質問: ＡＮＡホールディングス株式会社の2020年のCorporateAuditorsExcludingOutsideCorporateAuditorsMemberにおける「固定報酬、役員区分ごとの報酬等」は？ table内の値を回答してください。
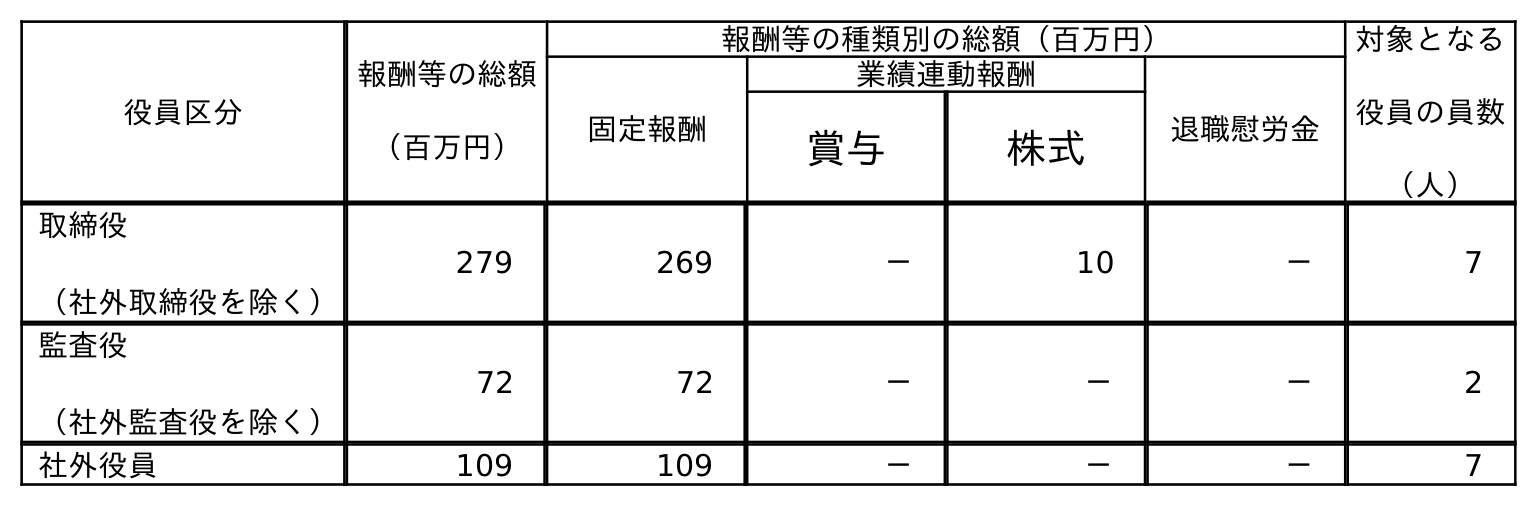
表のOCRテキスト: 役員区分 報酬等の総額 （百万円） 報酬等の種類別の総額（百万円） 対象となる 役員の員数 （人） 固定報酬 業績連動報酬 退職慰労金 賞与 株式 取締役 （社外取締役を除く） 279 269 － 10 － 7 監査役 （社外監査役を除く） 72 72 － － － 2 社外役員 109 109 － － － 7
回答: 72